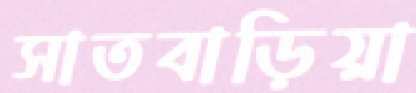
সাতবাড়িয়া